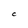
Character: C